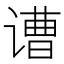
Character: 𲂓